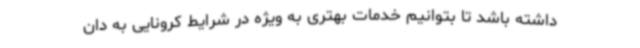
داشته باشد تا بتوانیم خدمات بهتری به ویژه در شرایط کرونایی به دان